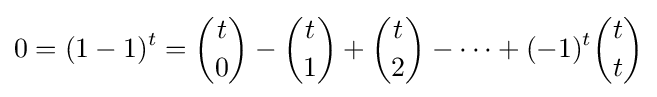
0=(1-1)^{t}={\binom {t}{0}}-{\binom {t}{1}}+{\binom {t}{2}}-\cdots +(-1)^{t}{\binom {t}{t}}